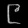
Digit: ၉